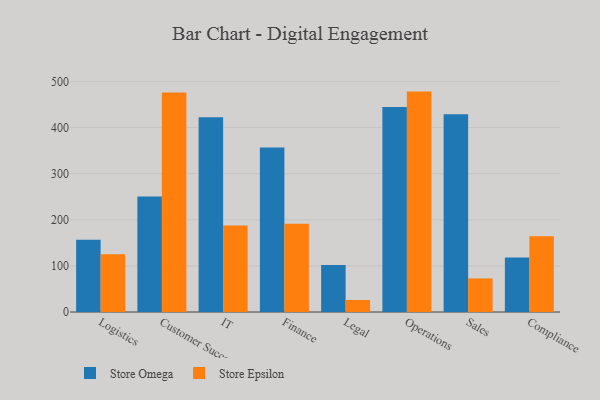
{"axis": {"x": "Department", "y": "Inventory Turnover"}, "legend": ["Store Epsilon", "Store Omega"], "data": [{"x": "Logistics", "y": 156.5, "type": "Store Omega"}, {"x": "Logistics", "y": 125.1, "type": "Store Epsilon"}, {"x": "Customer Success", "y": 250.8, "type": "Store Omega"}, {"x": "Customer Success", "y": 475.9, "type": "Store Epsilon"}, {"x": "IT", "y": 422.6, "type": "Store Omega"}, {"x": "IT", "y": 187.6, "type": "Store Epsilon"}, {"x": "Finance", "y": 357.1, "type": "Store Omega"}, {"x": "Finance", "y": 191.6, "type": "Store Epsilon"}, {"x": "Legal", "y": 101.7, "type": "Store Omega"}, {"x": "Legal", "y": 26.0, "type": "Store Epsilon"}, {"x": "Operations", "y": 444.6, "type": "Store Omega"}, {"x": "Operations", "y": 478.1, "type": "Store Epsilon"}, {"x": "Sales", "y": 429.0, "type": "Store Omega"}, {"x": "Sales", "y": 72.8, "type": "Store Epsilon"}, {"x": "Compliance", "y": 118.1, "type": "Store Omega"}, {"x": "Compliance", "y": 164.5, "type": "Store Epsilon"}]}